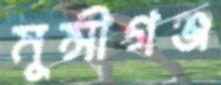
মুন্সীগঞ্জ